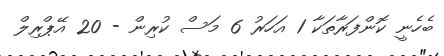
ބެހެނީ ކޮންފަރާތަކާ 1 އަހަރު 6 މަސް ކުރިން - 20 އޭޕްރިލް